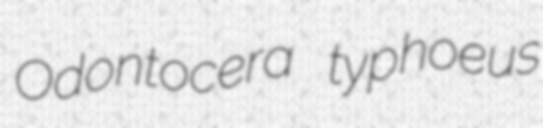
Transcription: Odontocera typhoeus